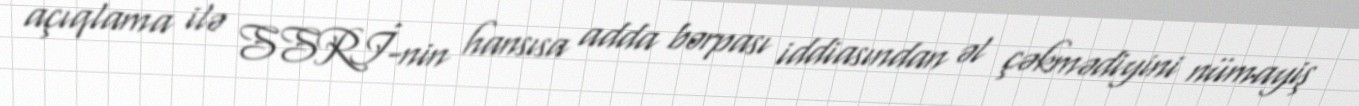
açıqlama ilə SSRİ-nin hansısa adda bərpası iddiasından əl çəkmədiyini nümayiş